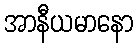
အာနီယမာနော